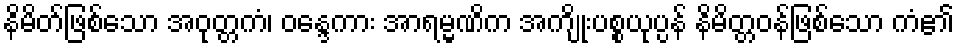
နိမိတ်ဖြစ်သော အဝုတ္တကံ၊ ဝန္ဒေကား အာရမ္မဏိက အကျိုးပစ္စယုပ္ပန် နိမိတ္တဝန်ဖြစ်သော ကံ၏